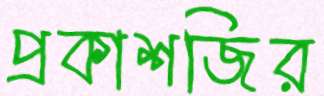
প্রকাশজির